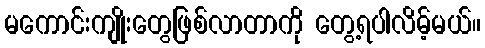
မကောင်းကျိုးတွေဖြစ်လာတာကို တွေ့ရပါလိမ့်မယ်။